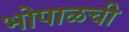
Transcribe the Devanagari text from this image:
भोपाळची